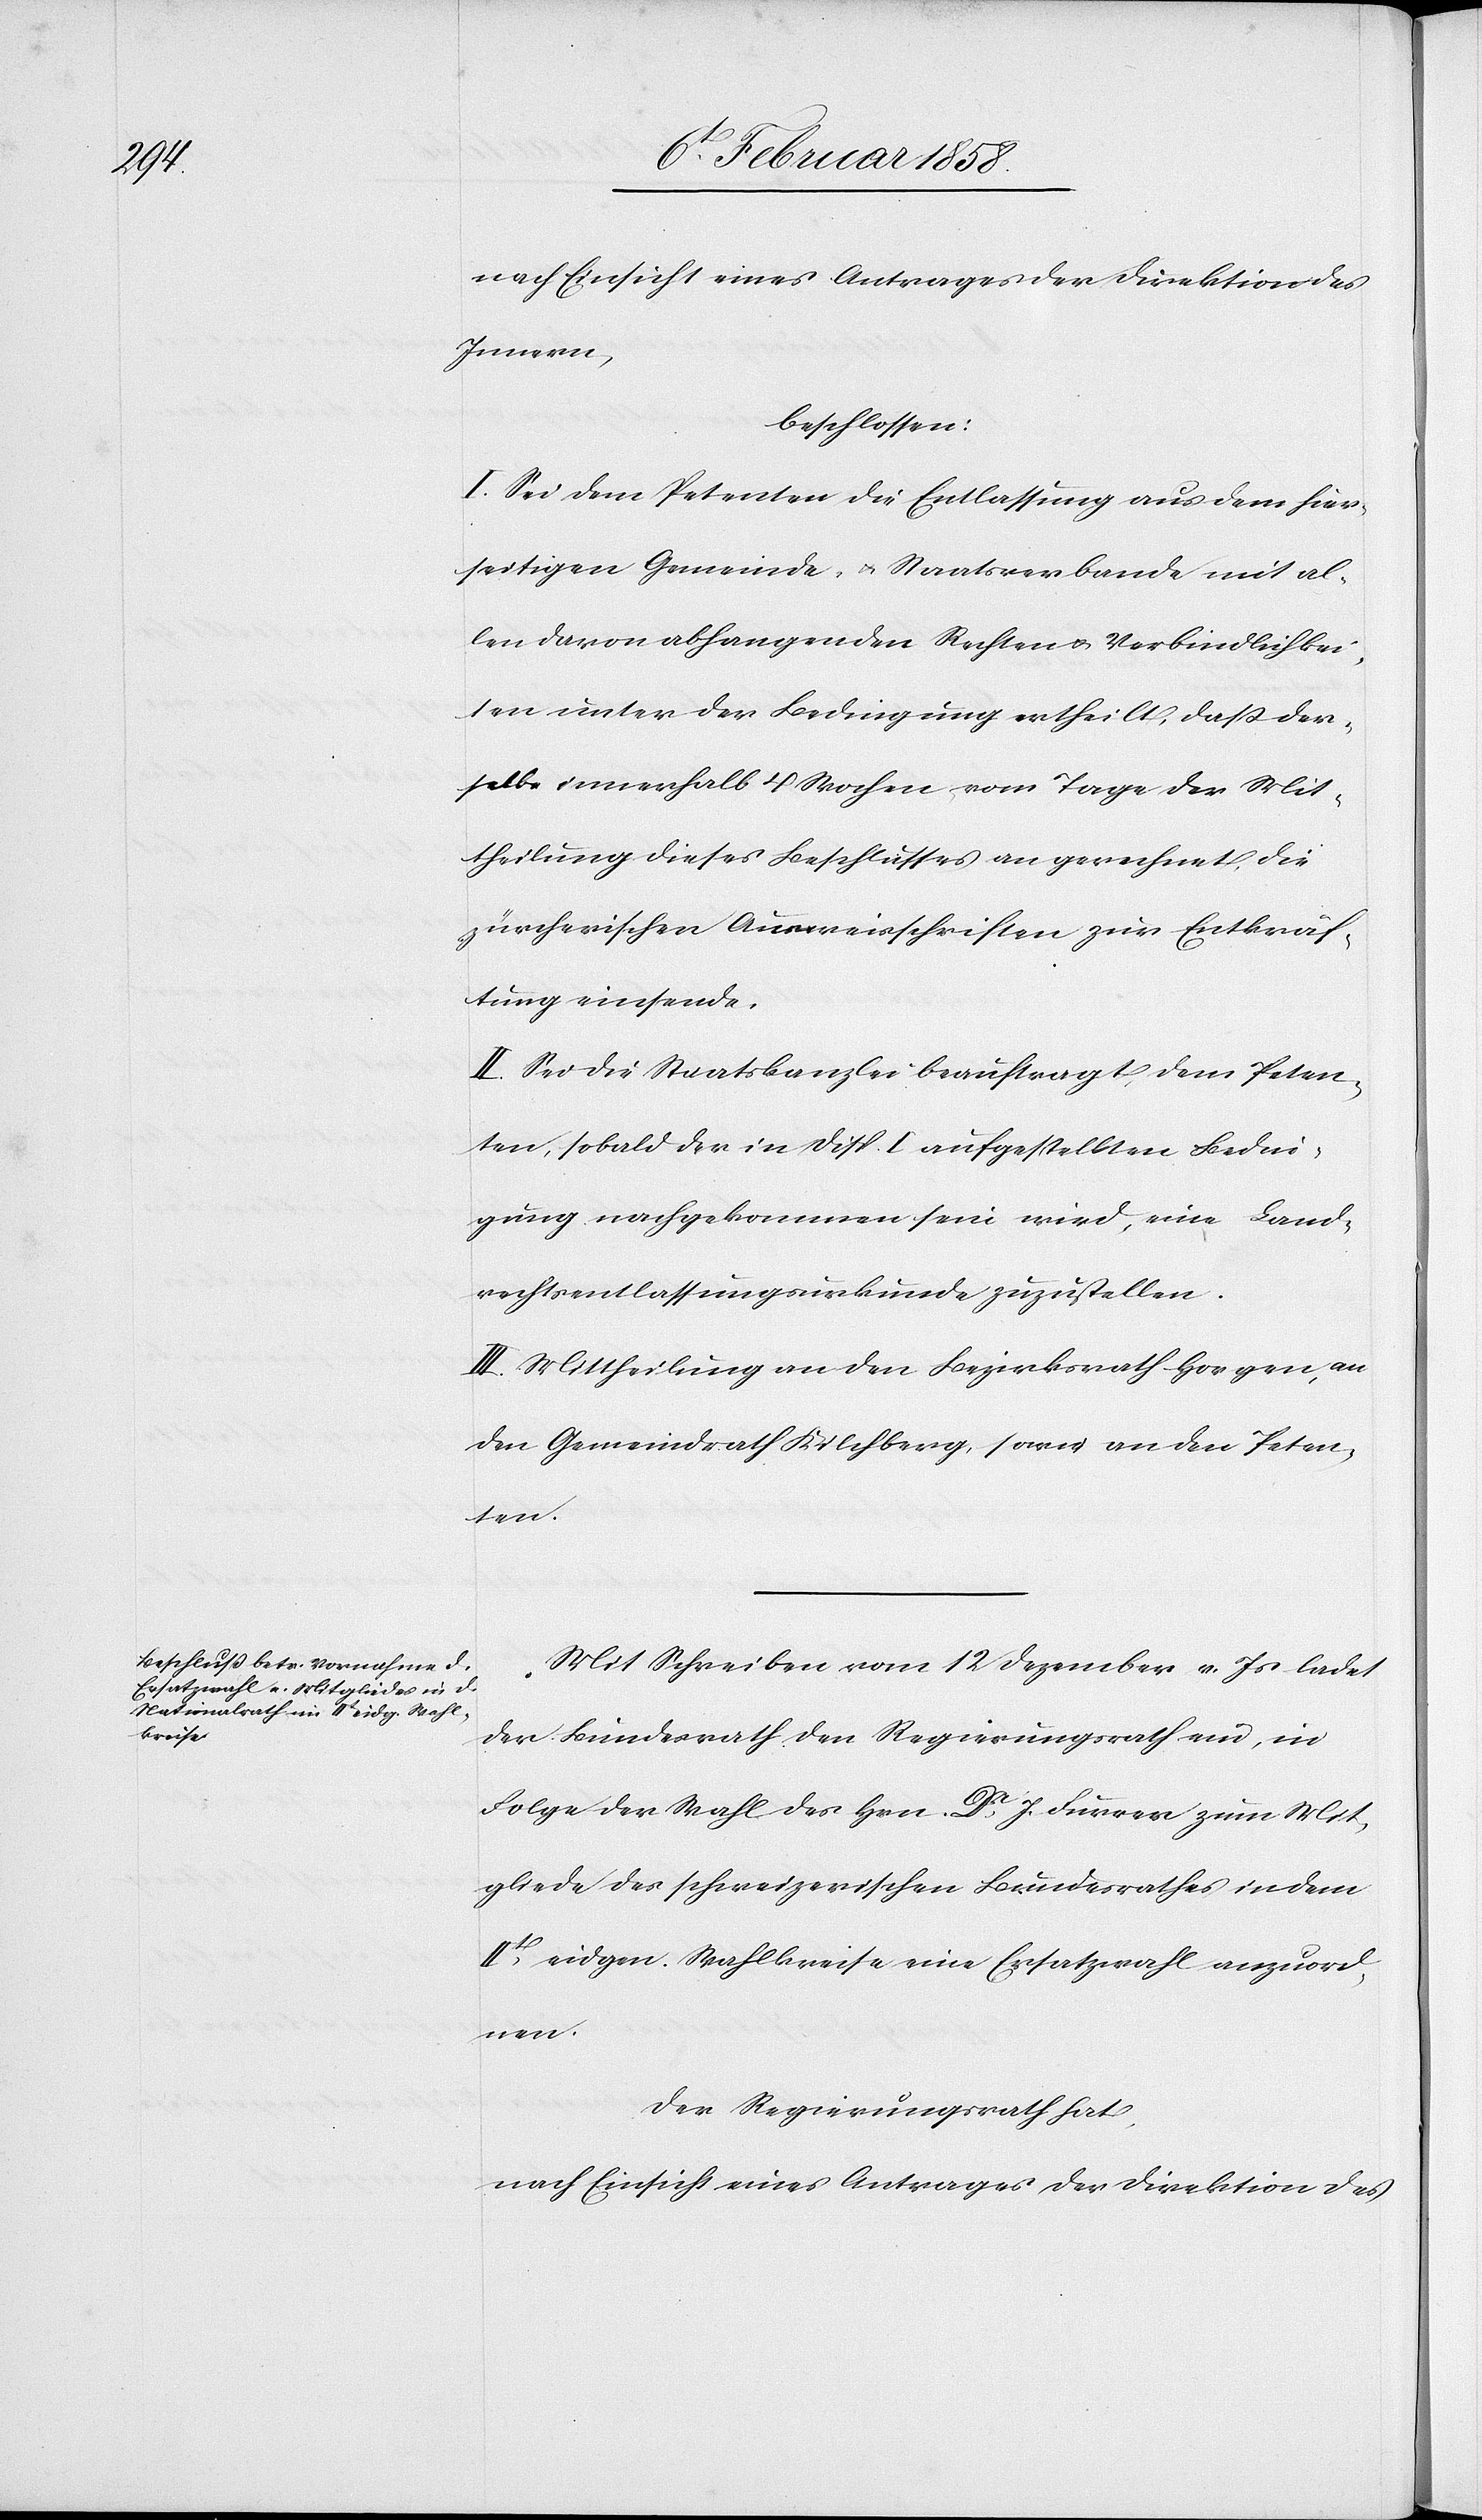
nach Einsicht eines Antrages der Direktion des
Innern,
beschlossen:
I. Sei dem Petenten die Entlassung aus dem hier¬
seitigen Gemeinde- u. Staatsverbande mit al¬
len davon abhangenden Rechten u. Verbindlichkei¬
ten unter der Bedingung ertheilt, daß der¬
selbe innerhalb 4 Wochen vom Tage der Mit¬
theilung dieses Beschlusses an gerechnet, die
zürcherischen Ausweisschriften zur Entkräf¬
tigung einsende.
II. Sei die Staatskanzlei beauftragt, dem Peten¬
ten, sobald der in Disp. I. aufgestellten Bedin¬
gung nachgekommen sein wird, eine Land¬
rechtsentlassungsurkunde zuzustellen.
III. Mittheilung an den Bezirksrath Horgen, an
den Gemeindrath Kilchberg, sowie an den Peten¬
ten.
Mit Schreiben vom 12 Dezember v. Js ladet
der Bundesrath den Regierungsrath ein, in
Folge der Wahl des Hrn. Dr J. Furrer zum Mit¬
gliede des schweizerischen Bundesrathes in dem
IIt eidgen. Wahlkreise eine Ersatzwahl anzuord¬
nen.
Der Regierungsrath hat,
nach Einsicht eines Antrages der Direktion des